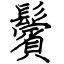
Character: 鬢